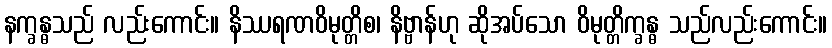
နက္ခန္ဓသည် လည်းကောင်း။ နိဿရဏဝိမုတ္တိစ၊ နိဗ္ဗာန်ဟု ဆိုအပ်သော ဝိမုတ္တိက္ခန္ဓ သည်လည်းကောင်း။